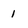
Character: 1